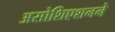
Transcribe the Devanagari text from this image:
असोशिएशनने